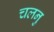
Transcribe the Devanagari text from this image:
चलनु